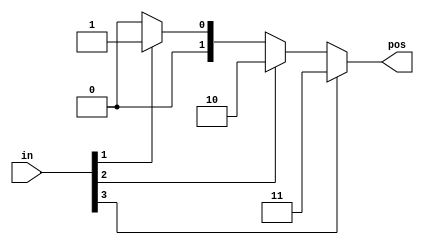
module top_module (
    input [3:0] in,
    output reg [1:0] pos
);
    // Priority encoder logic: Determine the position of the highest '1' bit in the input
    always @(*) begin
        if (in[3]) 
            pos = 2'd3;
        else if (in[2])
            pos = 2'd2;
        else if (in[1])
            pos = 2'd1;
        else if (in[0])
            pos = 2'd0;
        else
            pos = 2'd0; // Output zero if no bits are high
    end
endmodule